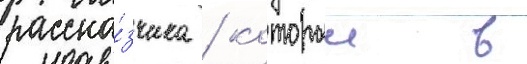
расска́зчика / которыи в